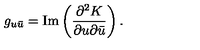
g _ { u \bar { u } } = \mathrm { I m } \left( \frac { \partial ^ { 2 } K } { \partial u \partial \bar { u } } \right) .